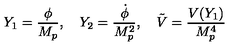
Y _ { 1 } = { \frac { \phi } { M _ { p } } } , \quad Y _ { 2 } = { \frac { \dot { \phi } } { M _ { p } ^ { 2 } } } , \quad \tilde { V } = { \frac { V ( Y _ { 1 } ) } { M _ { p } ^ { 4 } } }